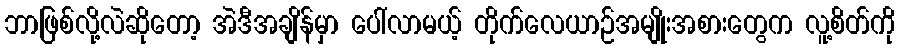
ဘာဖြစ်လို့လဲဆိုတော့ အဲဒီအချိန်မှာ ပေါ်လာမယ့် တိုက်လေယာဉ်အမျိုးအစားတွေက လူ့စိတ်ကို